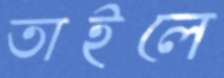
তাইলে